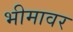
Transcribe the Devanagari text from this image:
भीमावर